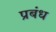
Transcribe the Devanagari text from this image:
प्रबंध